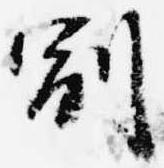
副